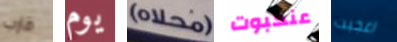
قارب يوم (محلاه) عنكبوت اعجبت